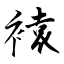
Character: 褤